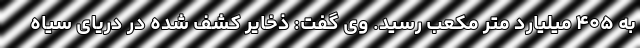
به ۴۰۵ میلیارد متر مکعب رسید. وی گفت: ذخایر کشف شده در دریای سیاه